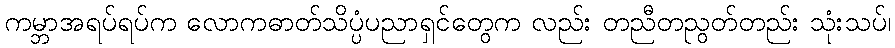
ကမ္ဘာအရပ်ရပ်က လောကဓာတ်သိပ္ပံပညာရှင်တွေက လည်း တညီတညွတ်တည်း သုံးသပ်၊